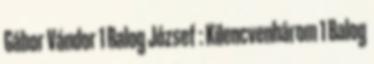
Gábor Vándor 1 Balog József : Kilencvenhárom 1 Balog